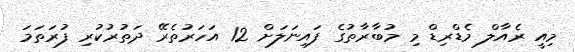
މިއީ ރެއާލް މެޑްރިޑް މި މުބާރާތުގެ ފައިނަލަށް 12 އަހަރުތެރޭ ދަތުރުކުރި ފުރަތަމަ